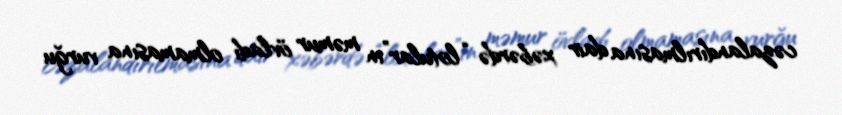
cəzalandırılmasına dair xəbərdə “lotular”ın məmur övladı olmamasına vurğu